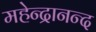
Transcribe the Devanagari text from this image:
महेन्द्रानन्द